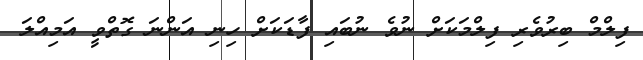
ފިލްމް ބިރުވެރި ފިލްމަކަށް ނުވެ ނުބައި ފާޑަކަށް ހިނި އަންނަ ގޮތްވީ އަމިއްލަ